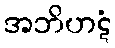
အဘိဟဋံ